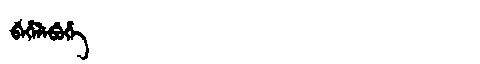
Manchu: ᠪᡝᡥᡝᠯᡝᠪᡠᡥᡝ
Romanization: BEHELEBUHE